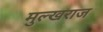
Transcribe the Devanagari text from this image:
मुल्खराज